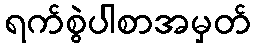
ရက်စွဲပါစာအမှတ်